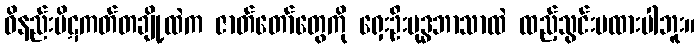
ဝိနည်းပိဋကတ်တချို့ထဲက ဇာတ်တော်တွေကို ရှေးဦးဗုဒ္ဓဘာသာထဲ ထည့်သွင်းမထားပါဘူး။